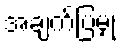
အချက်ပြမှု